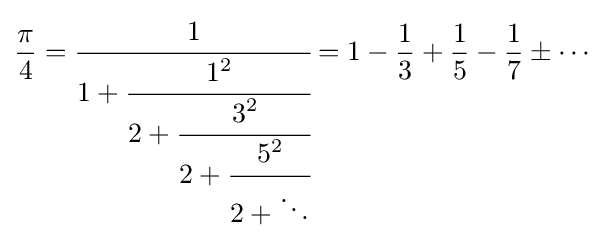
{\frac {\pi }{4}}={\cfrac {1}{1+{\cfrac {1^{2}}{2+{\cfrac {3^{2}}{2+{\cfrac {5^{2}}{2+\ddots }}}}}}}}=1-{\frac {1}{3}}+{\frac {1}{5}}-{\frac {1}{7}}\pm \cdots